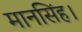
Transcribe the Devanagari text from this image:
मानसिंह।